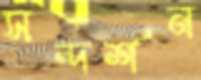
সন্দর্শন